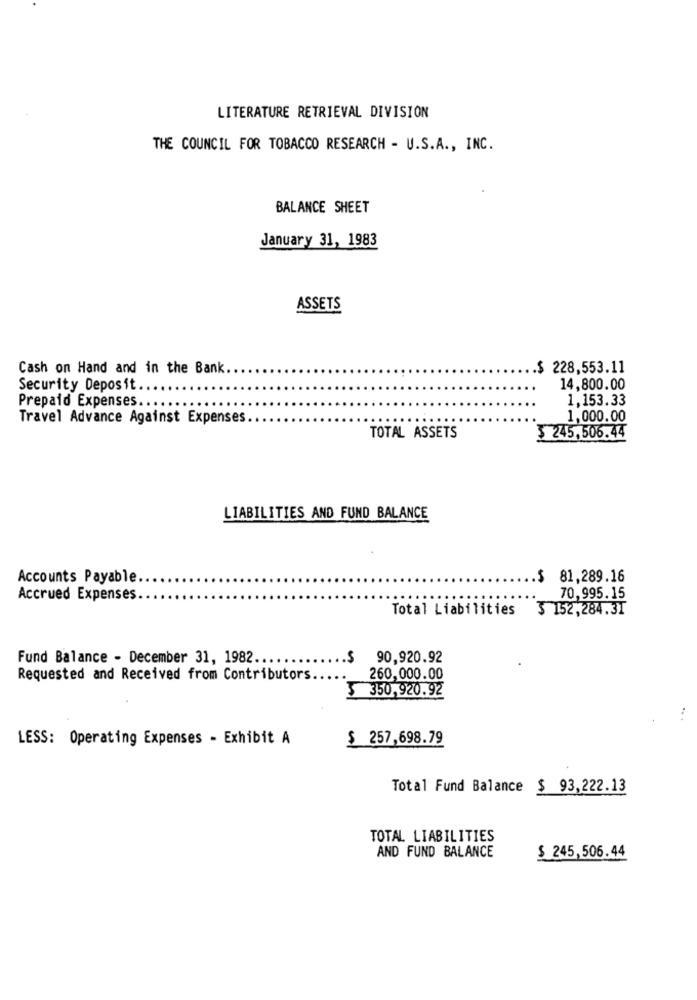
LITERATURE RETRIEVAL DIVISION
THE COUNCIL FOR TOBACCO RESEARCH - U.S.A ., INC.
BALANCE SHEET
January 31, 1983
ASSETS
Cash on Hand and in the Bank.
.$ 228,553.11
Security Deposit
14,800.00
Prepaid Expenses ..
1,153.33
Travel Advance Against Expenses
1,000.00
TOTAL ASSETS
$ 245,506.44
LIABILITIES AND FUND BALANCE
Accounts Payable.
$ 81,289.16
Accrued Expenses
70,995.15
Total Liabilities
3 152,284.3T
Fund Balance - December 31, 1982 ...
$
90,920.92
Requested and Received from Contributors.
260,000.00
$ 350,920.92
LESS: Operating Expenses - Exhibit A
$ 257,698.79
Total Fund Balance $ 93,222.13
TOTAL LIABILITIES
AND FUND BALANCE
$ 245,506.44